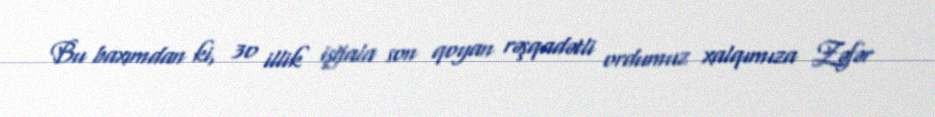
Bu baxımdan ki, 30 illik işğala son qoyan rəşqadətli ordumuz xalqımıza Zəfər